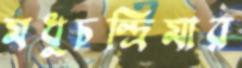
মধুচন্দ্রিমার